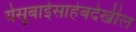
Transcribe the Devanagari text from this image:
येसूबाईसाहेबदेखील